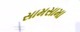
સામસામા